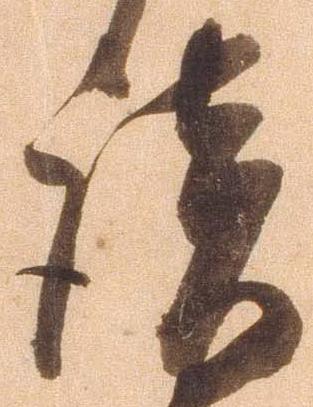
談